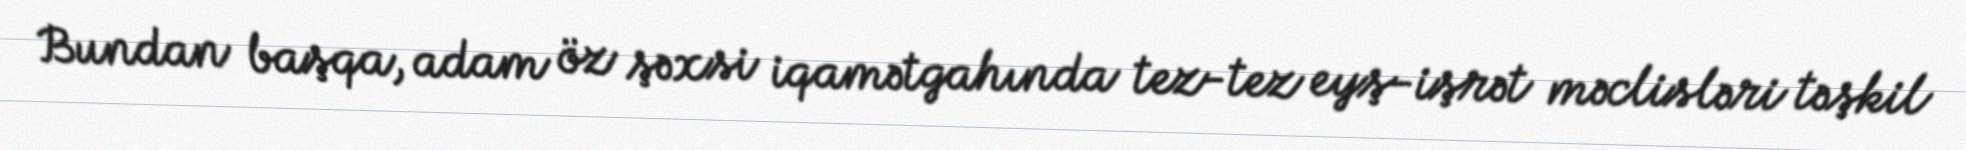
Bundan başqa, adam öz şəxsi iqamətgahında tez-tez eyş-işrət məclisləri təşkil